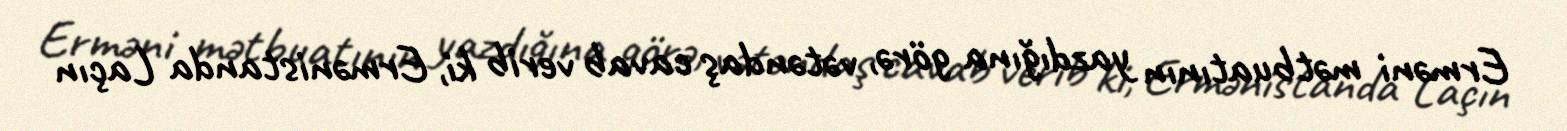
Erməni mətbuatının yazdığına görə, vətəndaş cavab verib ki, Ermənistanda Laçın